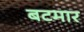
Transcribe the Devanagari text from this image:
बटमार